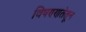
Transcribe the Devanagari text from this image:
विषण्णतेतून